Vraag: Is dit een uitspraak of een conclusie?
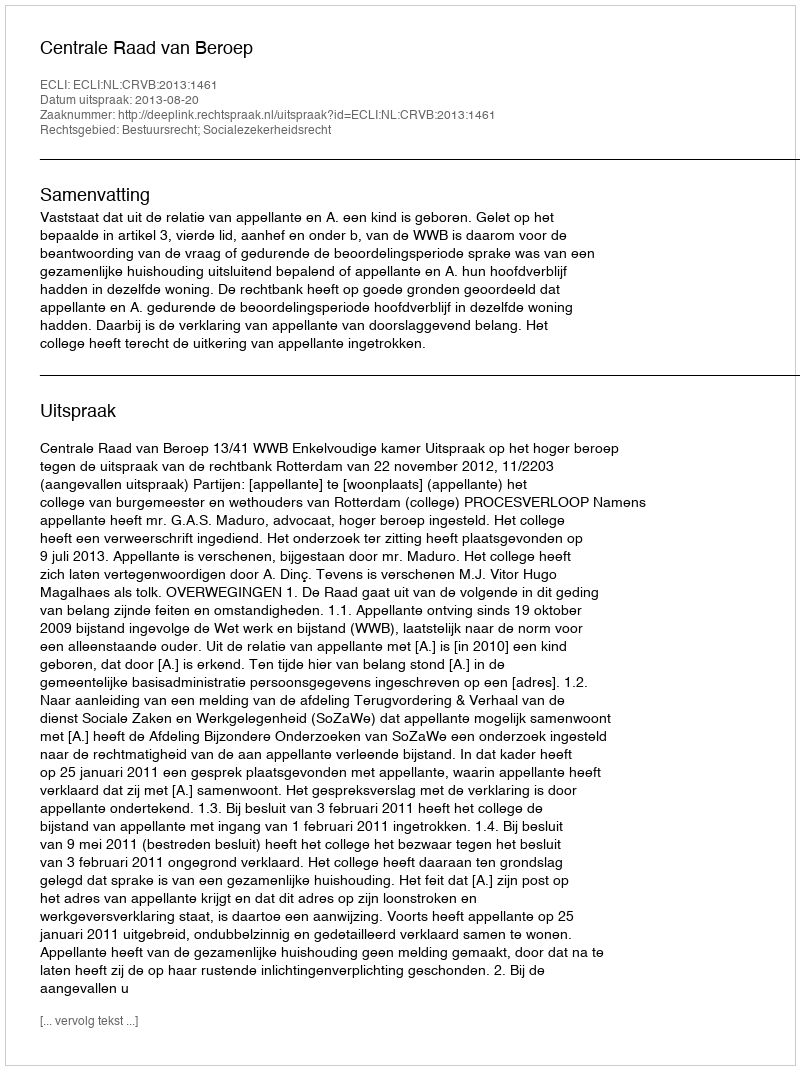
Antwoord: Uitspraak